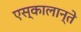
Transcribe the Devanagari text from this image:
एस्कालान्ते